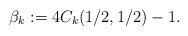
LaTeX: \begin{align*} \beta_k:= 4 C_k(1/2,1/2) - 1.\end{align*}